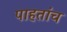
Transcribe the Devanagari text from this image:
पाहतांच